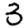
Digit: 3